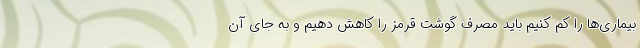
بیماری‌ها را کم کنیم باید مصرف گوشت قرمز را کاهش دهیم و به جای آن